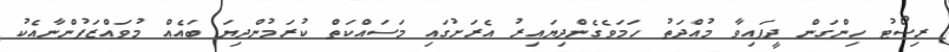
ރިސޯޓު ހިންގަން ދީފައިވާ މުއްދަތު ހަމަވެގެންދިޔައިރު އެރަށުގައި މަސައްކަތް ކުރަމުންދިޔަ ބައެއް މުވައްޒަފުންނާއެކު